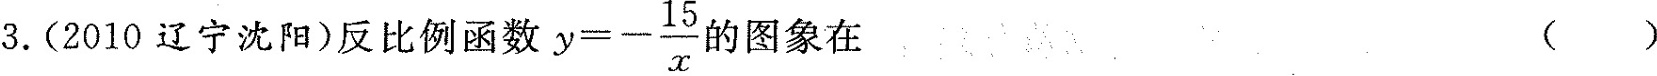
3.(2010辽宁沈阳)反比例函数 $$y = -